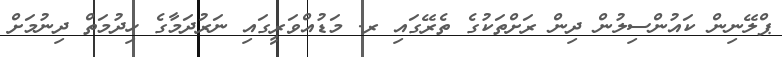
ޕްލޭނިން ކައުންސިލުން ދިން ރަށްތަކުގެ ތެރޭގައި ރ. މަޑުއްވަރީގައި ނަރުދަމާގެ ހިދުމަތް ދިނުމަށް